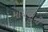
માધવાની